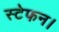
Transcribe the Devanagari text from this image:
स्टेफन।